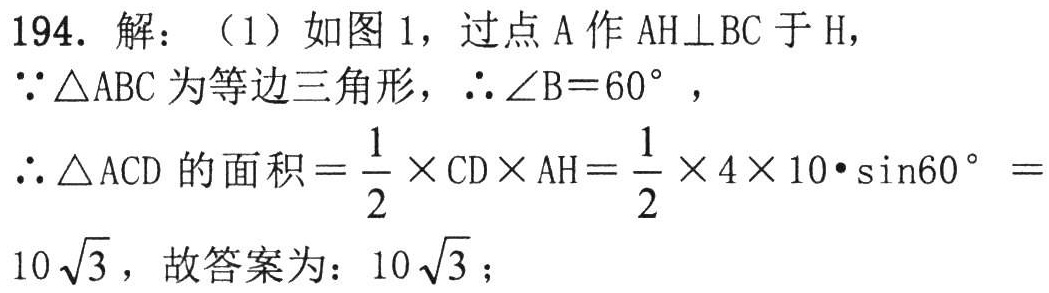
194. 解：（1）如图1，过点\(A\)作\(AH\perp BC\)于\(H\)，
\(\because\triangle ABC\)为等边三角形，\(\therefore\angle B = 60^{\circ}\)，
\(\therefore\triangle ACD\)的面积\(=\frac{1}{2}\times CD\times AH=\frac{1}{2}\times4\times10\cdot\sin60^{\circ}=10\sqrt{3}\)，故答案为：\(10\sqrt{3}\)；